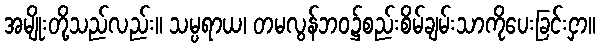
အမျိုးတို့သည်လည်း။ သမ္ပရာယ၊ တမလွန်ဘဝ၌စည်းစိမ်ချမ်းသာကိုပေးခြင်းငှာ။